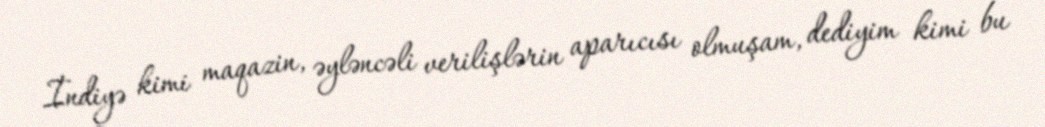
İndiyə kimi maqazin, əyləncəli verilişlərin aparıcısı olmuşam, dediyim kimi bu